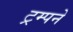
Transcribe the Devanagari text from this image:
ट्रम्पने